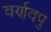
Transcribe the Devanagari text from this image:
वर्णवपु